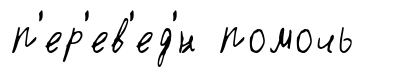
п'ер'ев'ед'́н помочь